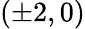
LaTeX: (\pm 2,0)